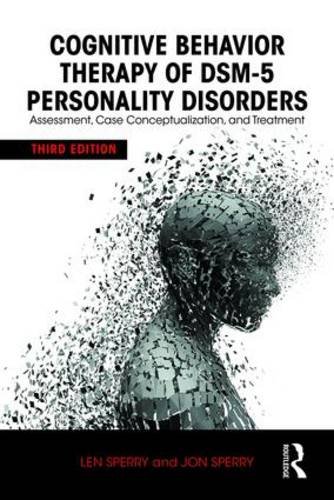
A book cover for Cognitive Behavior Therapy of DSM-5 Personality Disorders: Assessment, Case Conceptualization, and Treatment; Len Sperry; Health, Fitness & Dieting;